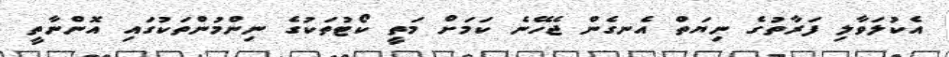
އެކުލަވާލި ފަރާތުގެ ނިޔަތް އެނގެން ޖެހޭނެ ކަަމަށް މަތީ ކޯޓުތަކުގެ ނިންމުންތަކުގައި އޮންނާތީ